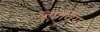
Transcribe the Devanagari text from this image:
ब्‍लोविग